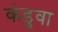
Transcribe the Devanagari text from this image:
कंडुवा